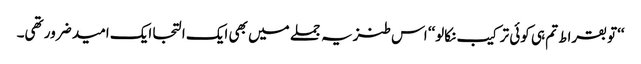
‘‘تو بقراط تم ہی کوئی ترکیب نکالو‘‘ اس طنزیہ جملے میں بھی ایک التجا ایک امید ضرور تھی۔